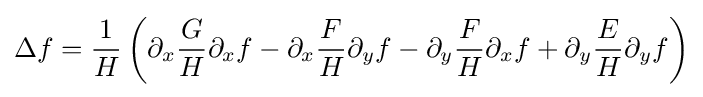
\Delta f={1 \over H}\left(\partial _{x}{G \over H}\partial _{x}f-\partial _{x}{F \over H}\partial _{y}f-\partial _{y}{F \over H}\partial _{x}f+\partial _{y}{E \over H}\partial _{y}f\right)